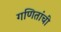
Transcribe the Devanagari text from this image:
गणितांची